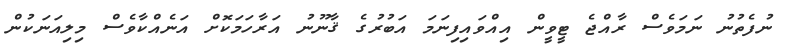
ނުފެތުނު ނަމަވެސް ރާއްޖެ ޓީވީން އިއްވައިފިނަމަ އަބުރުގެ ޤާނޫނު އަރާހަމަކޮށް އަނެއްކާވެސް މިލިއަނަކުން